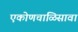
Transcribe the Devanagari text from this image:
एकोणचाळिसावा